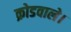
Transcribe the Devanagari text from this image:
क्रोडवाले।